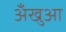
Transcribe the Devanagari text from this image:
अँखुआ